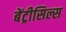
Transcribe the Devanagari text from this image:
बेंट्रीसिल्स